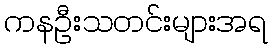
ကနဦးသတင်းများအရ